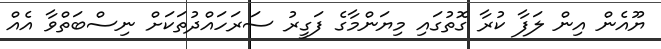
ޔޫއެން އިން ލަފާ ކުރާ ގޮތުގައި މިޔަންމާގެ ފަގީރު ސަރަހައްދުތަކަށް ނިސްބަތްވާ އެއް